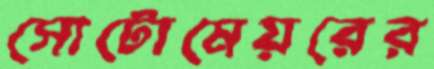
সোটোমেয়রের